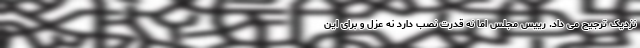
نزدیک ترجیح می داد. رییس مجلس اما نه قدرت نصب دارد نه عزل و برای این